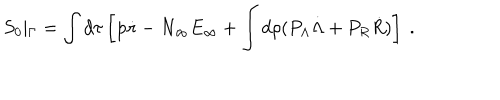
S _ { 0 } \vert _ { \Gamma } = \int d \tau \left[ { \mathbf p } \dot { \mathbf r } - N _ { \infty } E _ { \infty } + \int d \rho ( P _ { \Lambda } \dot { \Lambda } + P _ { R } \dot { R } ) \right] \ .